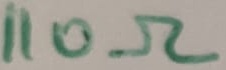
Text: 110Ω